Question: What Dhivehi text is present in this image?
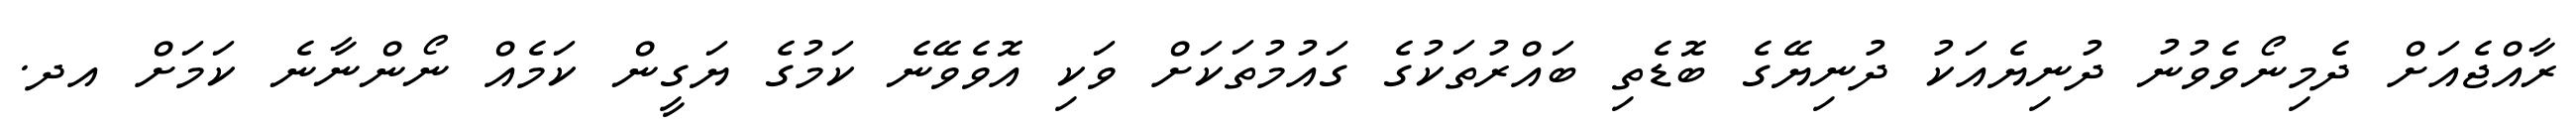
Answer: ރާއްޖެއަށް ދެމިނޯވެވުނު ދުނިޔެއަކު ދުނިޔޭގެ ބޮޑެތި ބައްރުތަކުގެ ގައުމުތަކަށް ވަކި އޮވެވޭނެ ކަމުގެ ޔަގީން ކަމެއް ނޯންނާނެ ކަމަށް އދ.